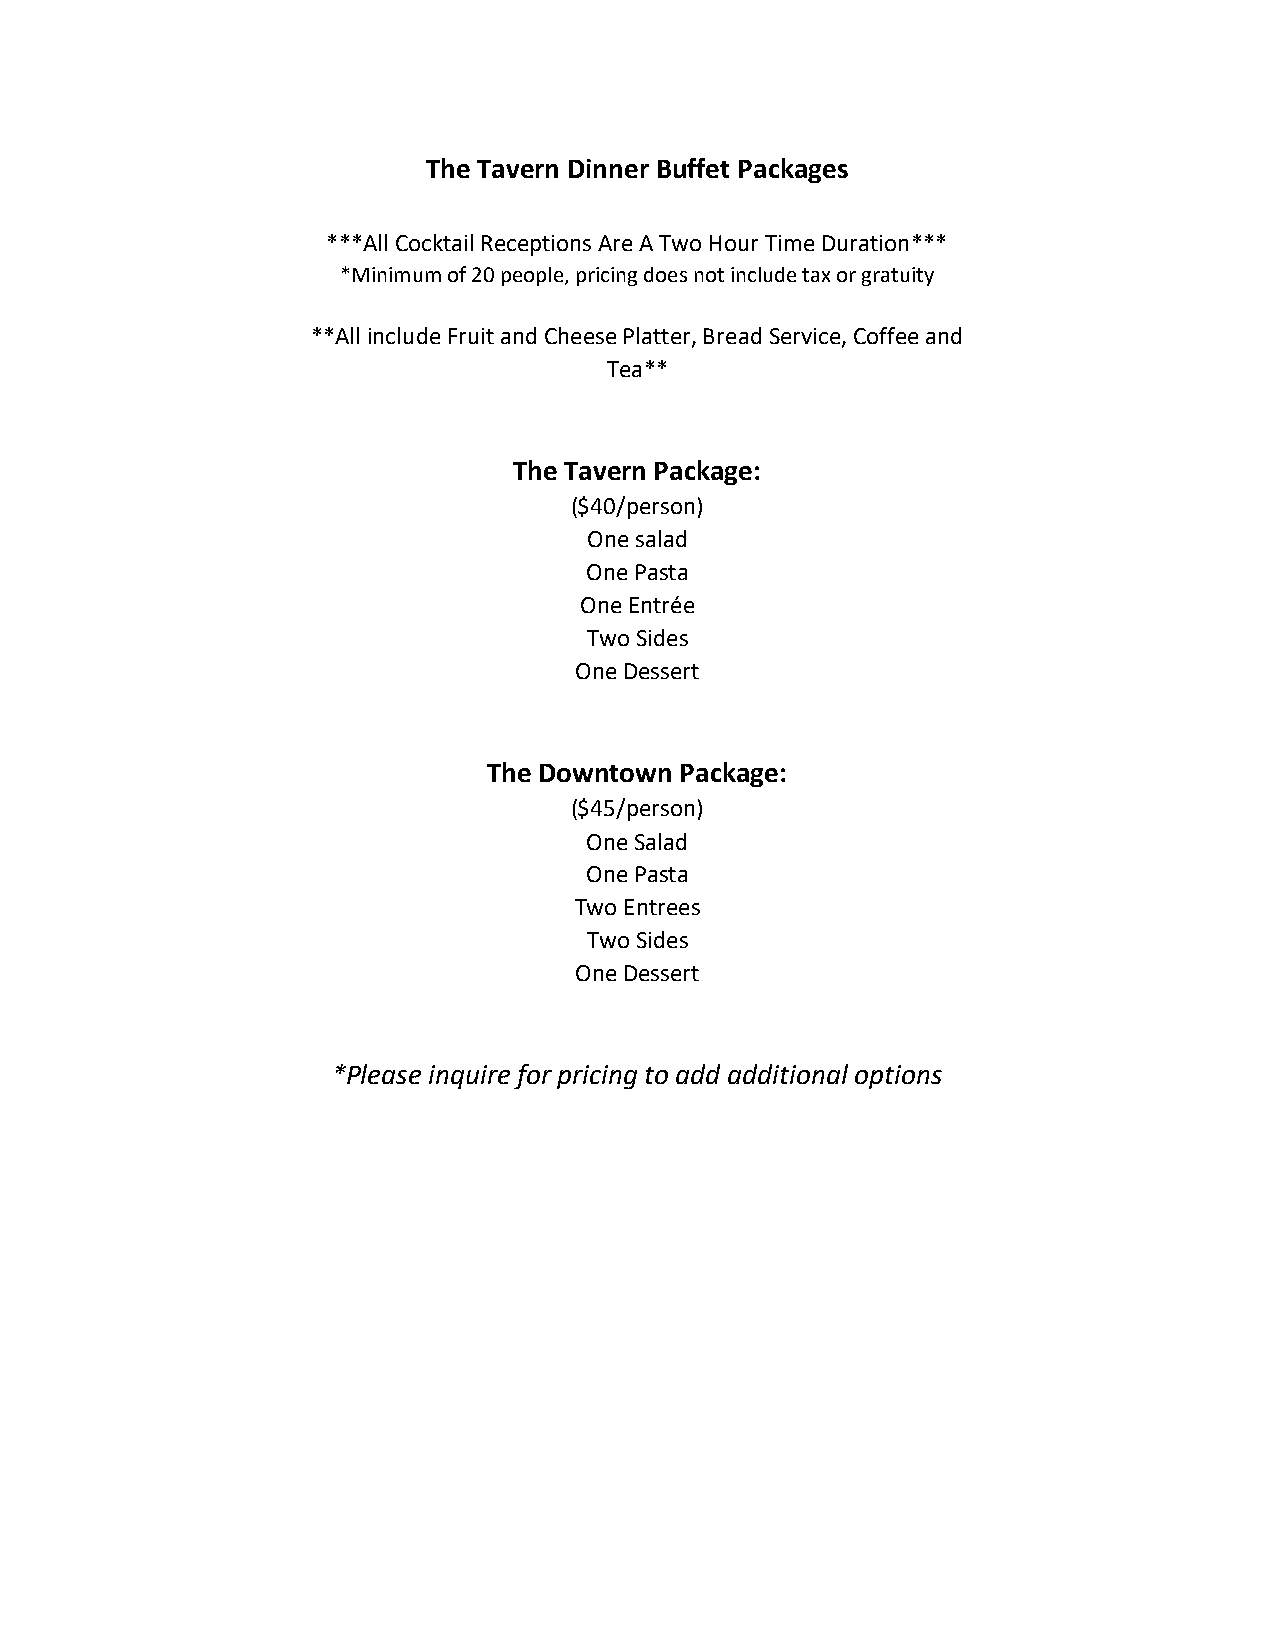
The Tavern Dinner Buffet Packages
 ***All Cocktail Receptions Are A Two Hour Time Duration***
 *Minimum of 20 people, pricing does not include tax or gratuity
 **All include Fruit and Cheese Platter, Bread Service, Coffee and
 Tea**
 The Tavern Package:
 ($40/person)
 One salad
 One Pasta
 One Entrée
 Two Sides
 One Dessert
 The Downtown Package:
 ($45/person)
 One Salad
 One Pasta
 Two Entrees
 Two Sides
 One Dessert
 *Please inquire for pricing to add additional options